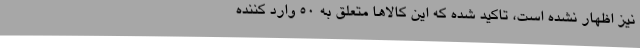
نیز اظهار نشده است، تاکید شده که این کالاها متعلق به ۵۰ وارد کننده